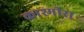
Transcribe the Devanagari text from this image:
काश्मीरा